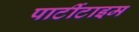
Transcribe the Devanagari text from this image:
पार्टीटाइम